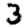
Digit: 3